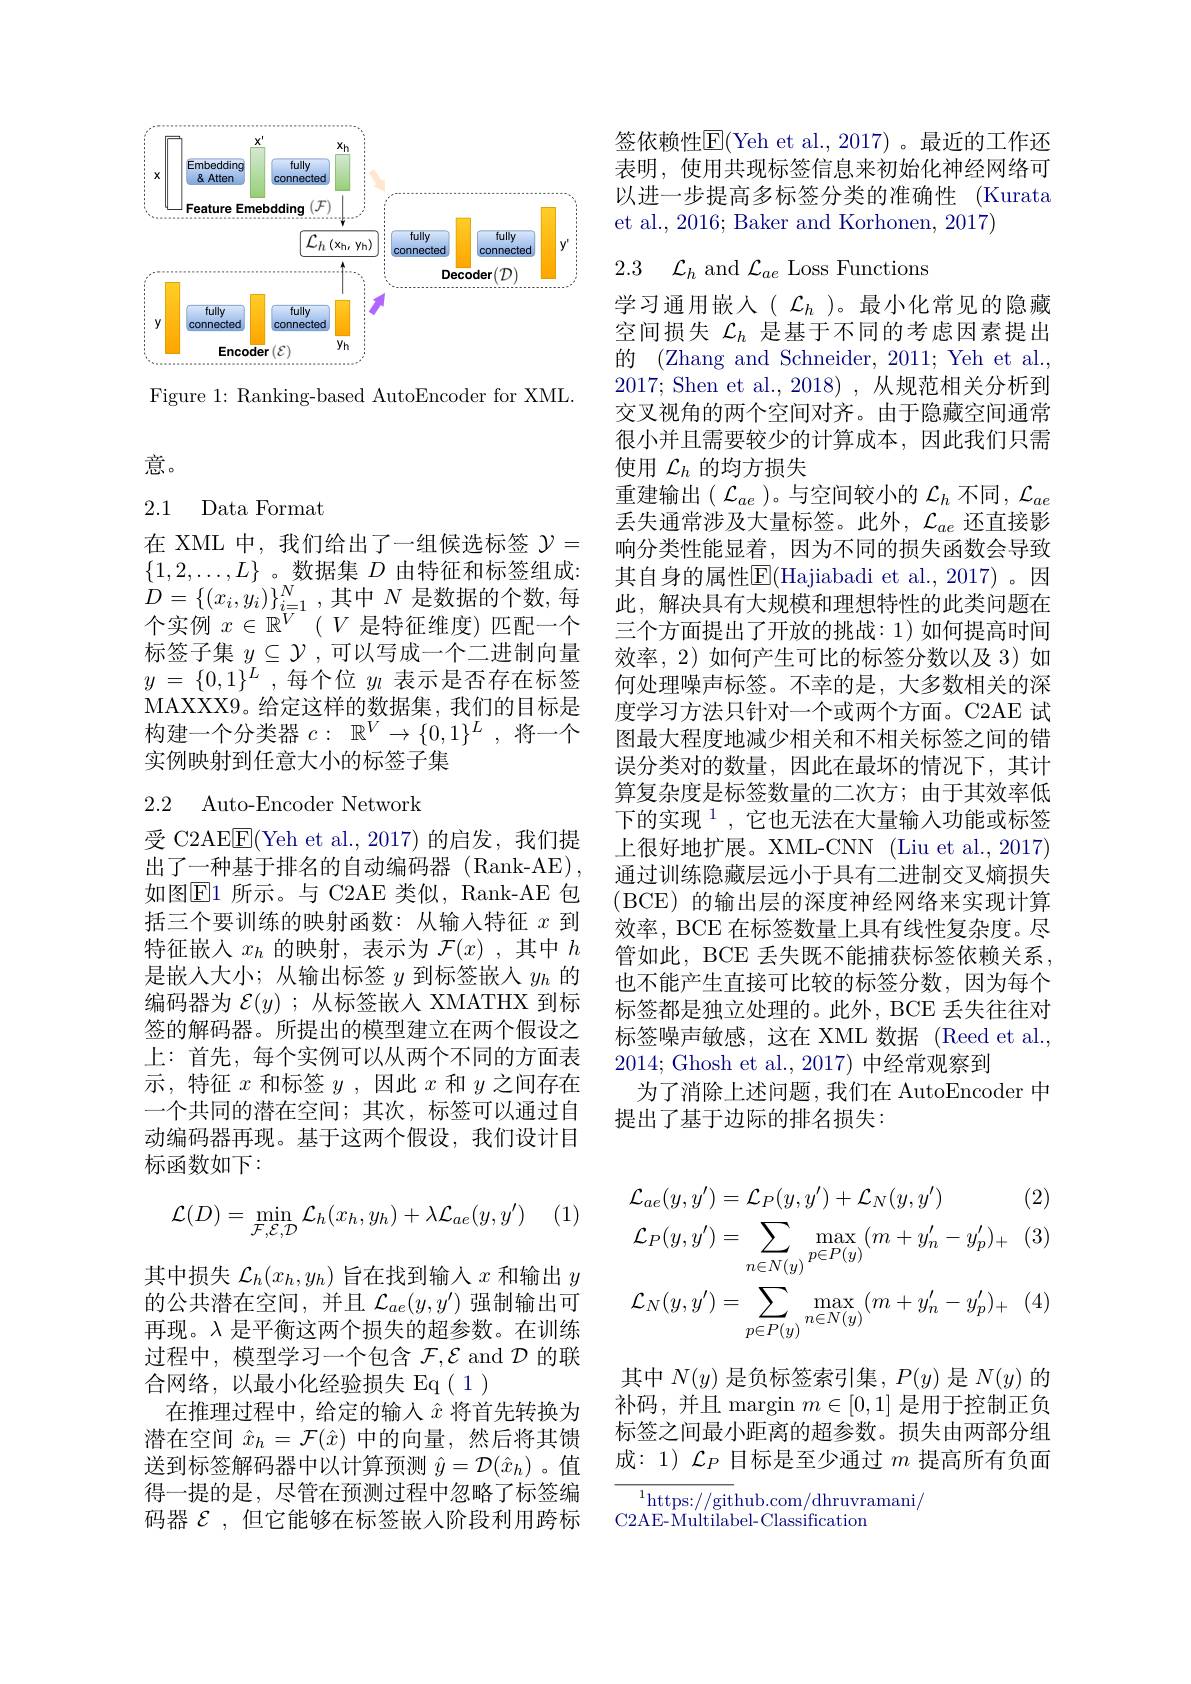
<FigureHere>

Figure 1: Ranking-based AutoEncoder for XML.

意。

## 2.1 Data Format

在 XML 中，我们给出了一组候选标签$\mathcal{Y}=$ $\{1,2,\ldots,L\}$。数据集$D$ 由特征和标签组成： $D= \{ ( x_{i}, y_{i}) \} _{i= 1}^{N}$ ,其中$N$ 是数据的个数，每个实例$x\in \mathbb{R} ^V$ $( V$是特征维度)匹配一个标签子集$y\subseteq\mathcal{Y}$,可以写成一个二进制向量$y$ = $\{ 0, 1\} ^{L}$ , 每个位 $y_l$ 表示是否存在标签MAXXX9。给定这样的数据集，我们的目标是构建一个分类器$c:\mathbb{R}^V\to\{0,1\}^L$,将一个实例映射到任意大小的标签子集

## 2.2 Auto-Encoder Network

受 C2AE$\boxed{\mathrm{F}}($Yeh et al.,2017)的启发，我们提出了一种基于排名的自动编码器 (Rank-AE), 如图$\boxed{\mathrm{E}}1$ 所示。与 C2AE 类似，Rank-AE 包括三个要训练的映射函数：从输入特征$x$到特征嵌入$x_h$ 的映射，表示为 $\mathcal{F}(x)$,其中 $h$ 是嵌入大小；从输出标签$y$到标签嵌入$y_h$的编码器为$\mathcal{E}(y)$ ;从标签嵌人 XMATHX 到标签的解码器。所提出的模型建立在两个假设之上：首先，每个实例可以从两个不同的方面表示，特征$x$和标签$y$,因此$x$和$y$之间存在一个共同的潜在空间；其次，标签可以通过自动编码器再现。基于这两个假设，我们设计目标函数如下：

(1)
$$\mathcal{L}(D)=\min_{\mathcal{F},\mathcal{E},\mathcal{D}}\mathcal{L}_{h}(x_{h},y_{h})+\lambda\mathcal{L}_{ae}(y,y')$$
其中损失$\mathcal{L}_h(x_h,y_h)$旨在找到输入$x$和输出$y$ 的公共潜在空间，并且$\mathcal{L}_ae(y,y^{\prime})$强制输出可再现。$\lambda$是平衡这两个损失的超参数。在训练过程中，模型学习一个包含$\mathcal{F},\mathcal{E}$ and $\mathcal{D}$的联合网络，以最小化经验损失 Eq(1)
在推理过程中，给定的输入$\hat{x}$将首先转换为潜在空间$\hat{x}_h=\mathcal{F}(\hat{x})$中的向量，然后将其馈送到标签解码器中以计算预测$\hat{y}=\mathcal{D}(\hat{x}_h)$ 。值得一提的是，尽管在预测过程中忽略了标签编码器$\mathcal{E}$ , 但它能够在标签嵌入阶段利用跨标

签依赖性$\overline{\mathrm{E}}($Yeh et al., 2017)。最近的工作还表明，使用共现标签信息来初始化神经网络可以进一步提高多标签分类的准确性 (Kurata et al., 2016; Baker and Korhonen, 2017)
2.3 $\mathcal{L} _h$ and $\mathcal{L}_ae$ Loss Functions

学习通用嵌人( $\mathcal{L}_h$ )。最小化常见的隐藏空间损失$\mathcal{L}_h$是基于不同的考虑因素提出的 (Zhang and Schneider, 2011; Yeh et al., 2017; Shen et al.,2018),从规范相关分析到交叉视角的两个空间对齐。由于隐藏空间通常很小并且需要较少的计算成本，因此我们只需使用$\mathcal{L}_h$的均方损失
重建输出( $\mathcal{L}_ae$ )。与空间较小的$\mathcal{L}_h$不同$,\mathcal{L}_ae$ 丢失通常涉及大量标签。此外，$\mathcal{L}_ae$还直接影响分类性能显着，因为不同的损失函数会导致其自身的属性$\overline{\mathrm{E}}($Hajiabadi et al.,2017)。因此，解决具有大规模和理想特性的此类问题在三个方面提出了开放的挑战：1)如何提高时间效率，2)如何产生可比的标签分数以及 3)如何处理噪声标签。不幸的是，大多数相关的深度学习方法只针对一个或两个方面。C2AE 试图最大程度地减少相关和不相关标签之间的错误分类对的数量，因此在最坏的情况下，其计算复杂度是标签数量的二次方；由于其效率低下的实现$^{1}$,它也无法在大量输入功能或标签上很好地扩展。XML-CNN (Liu et al., 2017) 通过训练隐藏层远小于具有二进制交叉熵损失(BCE)的输出层的深度神经网络来实现计算效率，BCE 在标签数量上具有线性复杂度。尽管如此，BCE 丢失既不能捕获标签依赖关系， 也不能产生直接可比较的标签分数，因为每个标签都是独立处理的。此外，BCE 丢失往往对标签噪声敏感，这在 XML 数据 (Reed et al. 2014; Ghosh et al., 2017) 中经常观察到
为了消除上述问题，我们在 AutoEncoder 中
提出了基于边际的排名损失：

(2)
$$\begin{aligned}&\mathcal{L}_{ae}(y,y')=\mathcal{L}_{P}(y,y')+\mathcal{L}_{N}(y,y')\\&\mathcal{L}_{P}(y,y')=\sum_{n\in N(y)}\max_{p\in P(y)}(m+y_{n}'-y_{p}')_{+}\\&\mathcal{L}_{N}(y,y')=\sum_{p\in P(y)}\max_{n\in N(y)}(m+y_{n}'-y_{p}')_{+}\end{aligned}$$
其中$N(y)$是负标签索引集$,P(y)$是$N(y)$的补码，并且 margin $m\in[0,1]$是用于控制正负标签之间最小距离的超参数。损失由两部分组成：1) $\mathcal{L}_P$目标是至少通过$m$提高所有负面

${\overline{{^{1}\mathrm{https:}//\mathrm{git}}}}$hub.com/dhruvramani/
C2AE-Multilabel-Classification